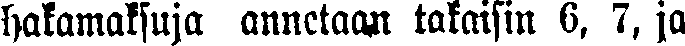
hakamaksuja annetaan takaisin 6, 7, ja